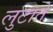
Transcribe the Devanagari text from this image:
लुटाते